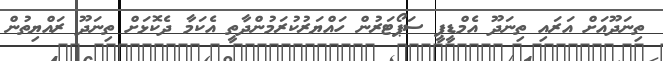
ތިނަދޫއަށް އަރައި ތިނަދޫ އެމްޑީޕީ ސަޕޯޓަރުން ހައްޔަރުކުރަމުންދާތީ އެކަމާ ދެކޮޅަށް ތިނަދޫ ރައްޔިތުން